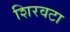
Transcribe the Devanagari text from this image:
शिरवटा